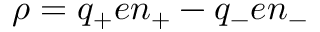
\rho = q _ { + } e n _ { + } - q _ { - } e n _ { - }